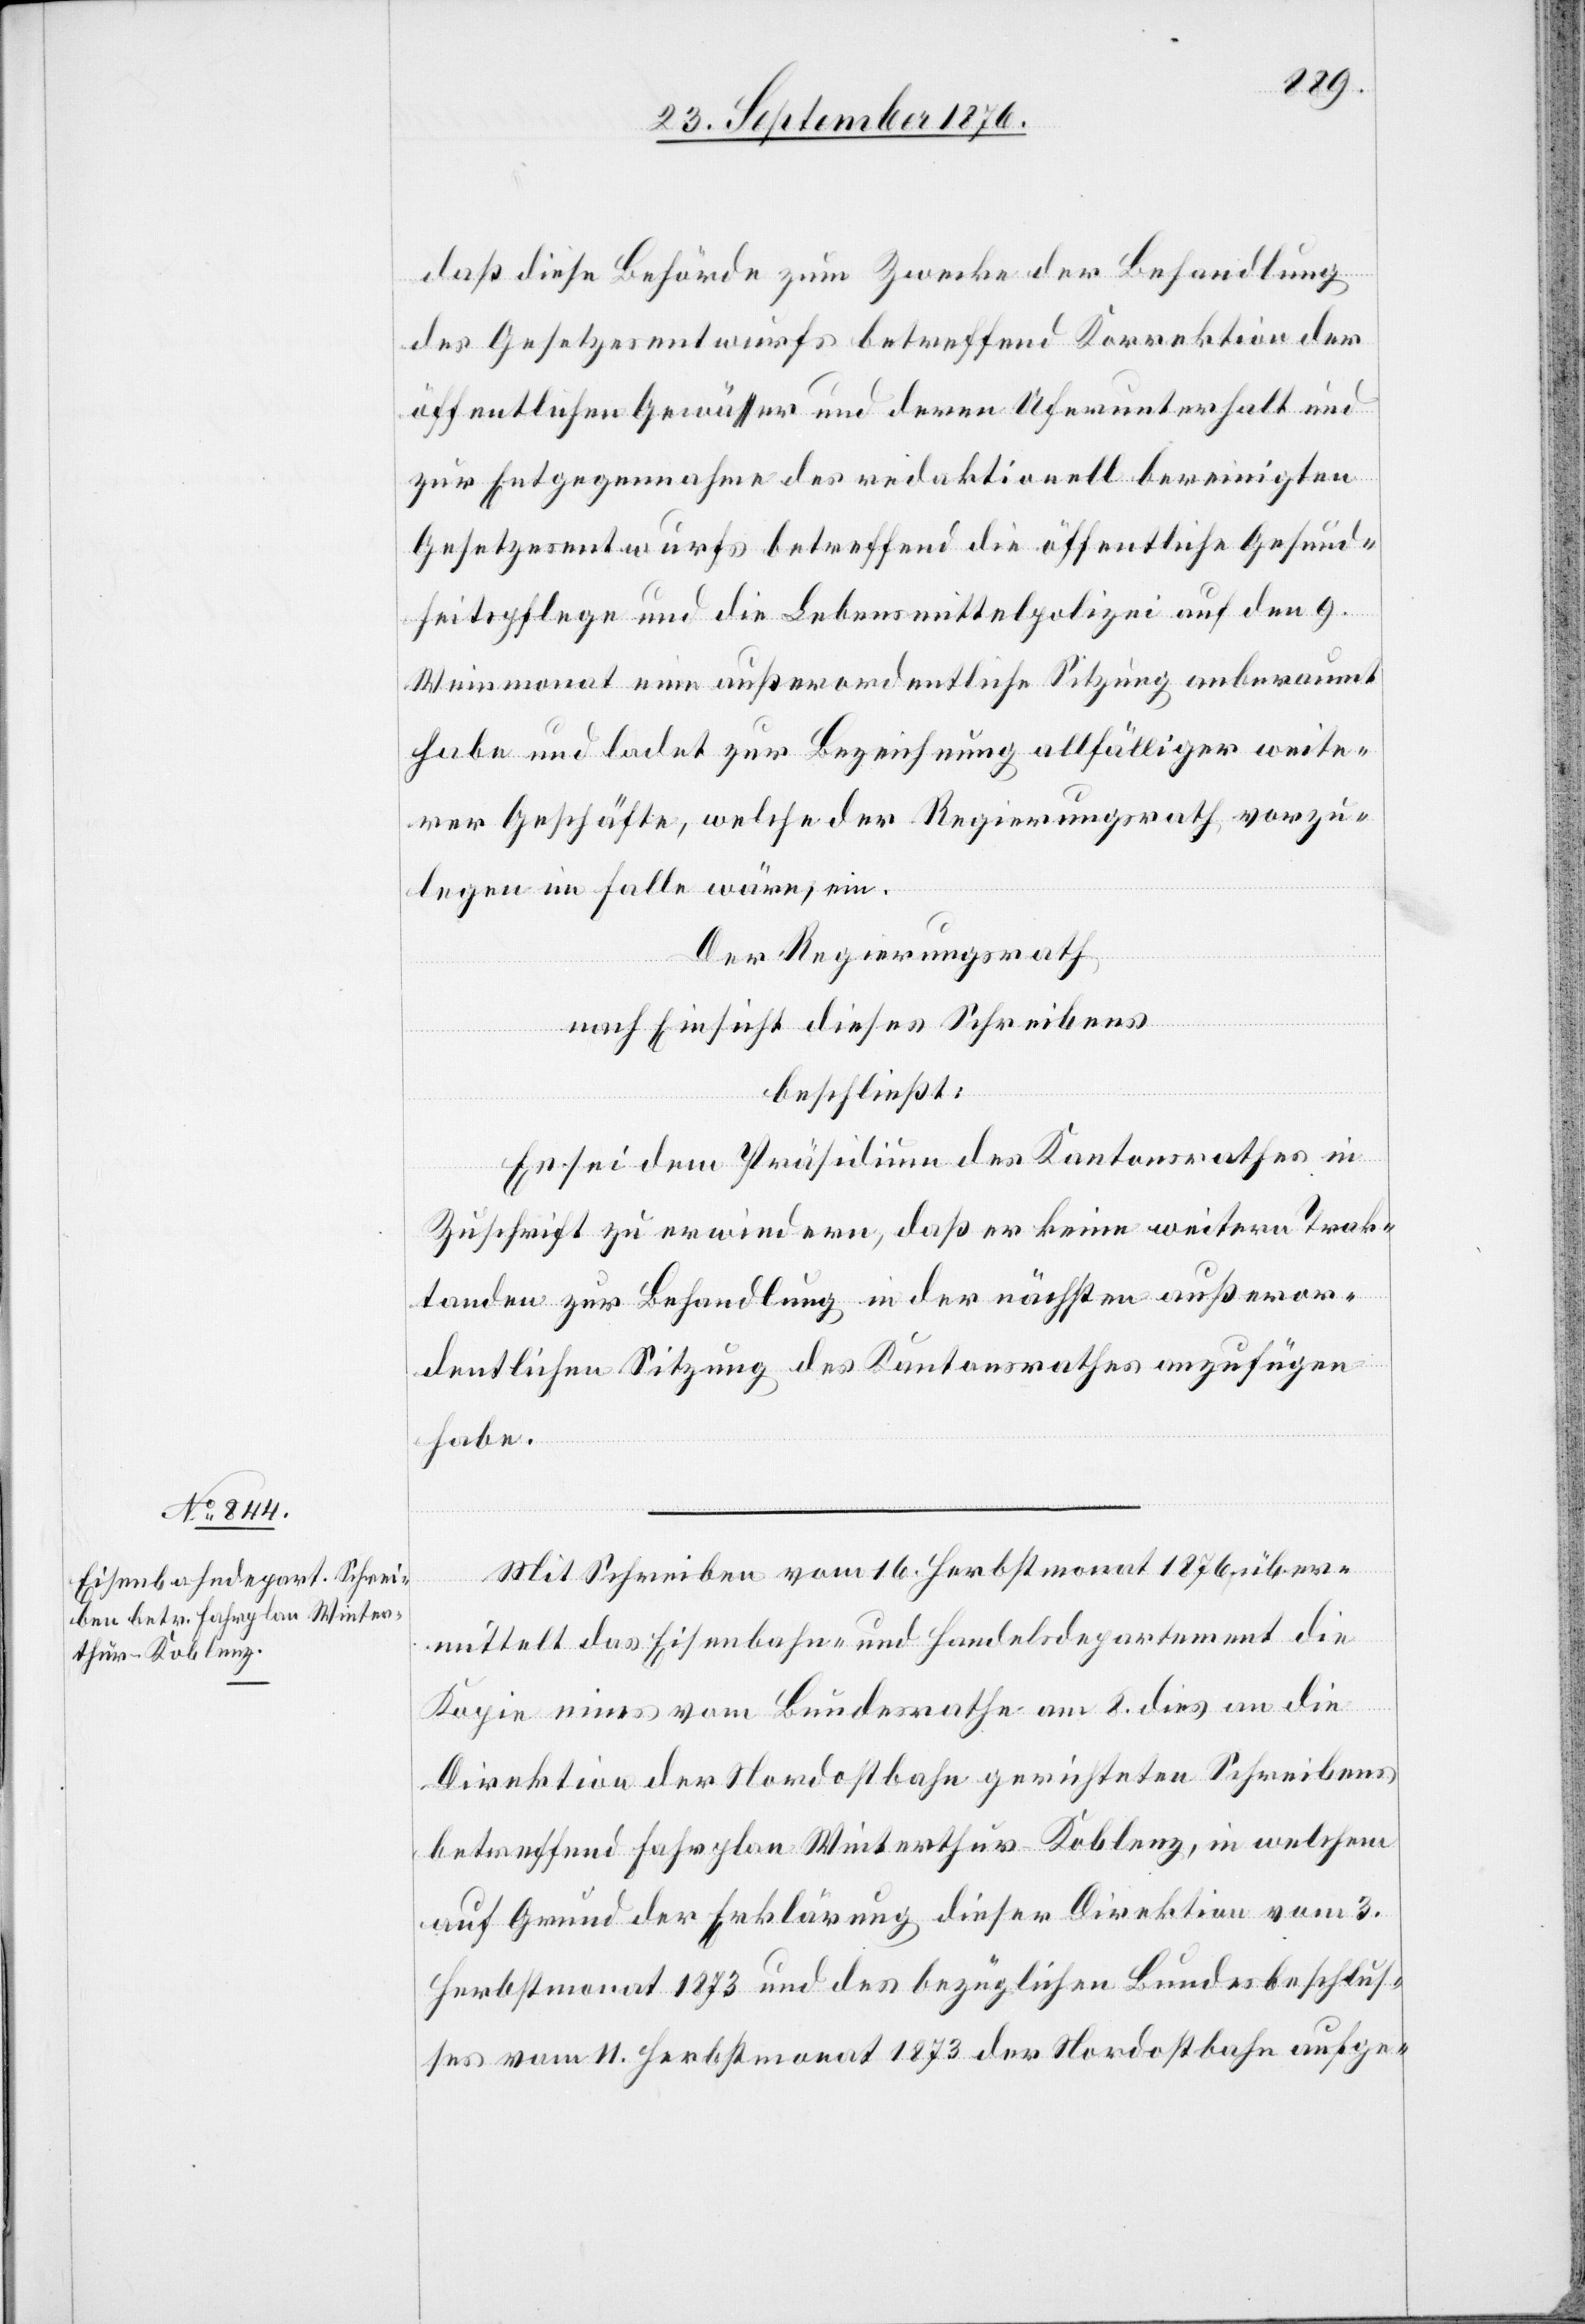
daß diese Behörde zum Zwecke der Behandlung
des Gesetzesentwurfs betreffend Korrektion der
öffentlichen Gewässer und deren Uferunterhalt und
zur Entgegennahme des redaktionell bereinigten
Gesetzesentwurfs betreffend die öffentliche Gesund¬
heitspflege und die Lebensmittelpolizei auf den 9.
Weinmonat eine außerordentliche Sitzung anberaumt
habe und ladet zur Bezeichnung allfälliger weite¬
rer Geschäfte, welche der Regierungsrath vorzu¬
legen im Falle wäre, ein.
Der Regierungsrath,
nach Einsicht dieses Schreibens
beschließt:
Es sei dem Präsidium des Kantonsrathes in
Zuschrift zu erwiedern, daß er keine weiteren Trak¬
tanden zur Behandlung in der nächsten außeror¬
dentlichen Sitzung des Kantonsrathes anzufügen
habe.
Mit Schireben vom 16. Herbstmonat 1876 über¬
mittelt das Eisenbahn- und Handelsdepartement die
Kopie eines vom Bundesrathe am 8. dies an die
Direktion der Nordostbahn gerichteten Schreibens
betreffend Fahrplan Winterthur–Koblenz, in welchem
auf Grund der Erklärung dieser Direktion vom 3.
Herbstmonat 1873 und des bezüglichen Bundesbeschlus¬
ses vom 11. Herbstmonat 1873 der Nordostbahn aufge-